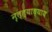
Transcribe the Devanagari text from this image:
नृत्त्याध्याय